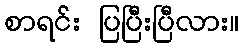
စာရင်း ပြပြီးပြီလား။